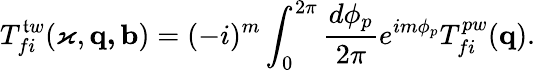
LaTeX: T_{fi}^{\mathfrak{t}w}(\varkappa,\mathbf{{q,b}})=(-i)^{m}\int_{0}^{2\pi}\frac{{d\phi_{p}}}{{2\pi}}e^{im\phi_{p}}T_{fi}^{pw}(\mathbf{{q}}).